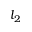
l _ { 2 }